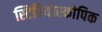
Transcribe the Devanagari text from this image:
स्टिरियोस्कोपिक